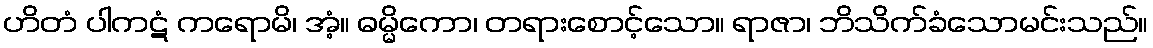
ဟိတံ ပါကဋံ ကရောမိ၊ အံ့။ ဓမ္မိကော၊ တရားစောင့်သော။ ရာဇာ၊ ဘိသိက်ခံသောမင်းသည်။